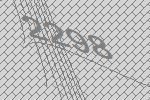
2298